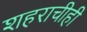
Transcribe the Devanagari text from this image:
शहराचीही